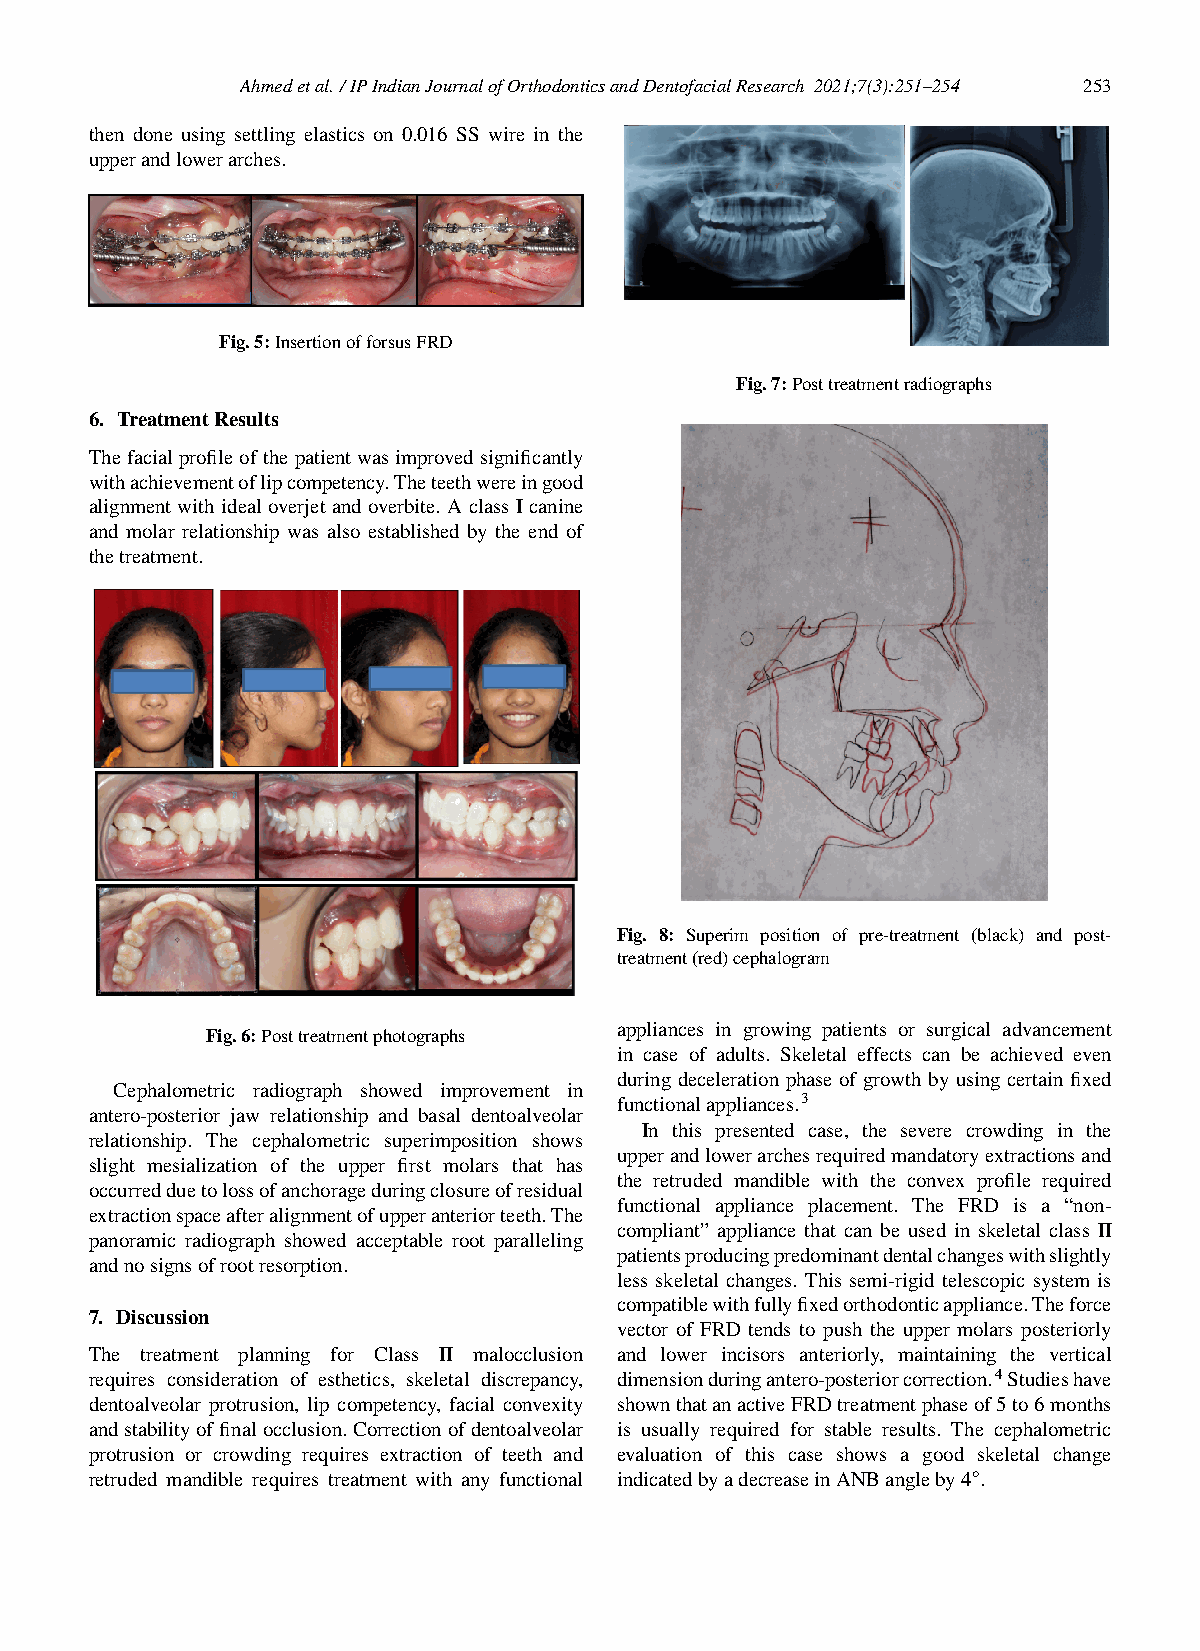
Ahmedetal./IPIndianJournalofOrthodonticsandDentofacialResearch 2021;7(3):251–254 253
 then done using settling elastics on 0.016 SS wire in the
 upperandlowerarches.
 Fig.5:InsertionofforsusFRD
 Fig.7:Posttreatmentradiographs
 6. TreatmentResults
 Thefacialprofileofthepatientwasimprovedsignificantly
 withachievementoflipcompetency.Theteethwereingood
 alignment with ideal overjet and overbite. A class I canine
 and molar relationship was also established by the end of
 thetreatment.
 Fig. 8: Superim position of pre-treatment (black) and post-
 treatment(red)cephalogram
 appliances in growing patients or surgical advancement
 Fig.6:Posttreatmentphotographs
 in case of adults. Skeletal effects can be achieved even
 during deceleration phase of growth by using certain fixed
 Cephalometric radiograph showed improvement in
 functionalappliances.3
 antero-posterior jaw relationship and basal dentoalveolar
 In this presented case, the severe crowding in the
 relationship. The cephalometric superimposition shows
 upperandlowerarchesrequiredmandatoryextractionsand
 slight mesialization of the upper first molars that has
 the retruded mandible with the convex profile required
 occurredduetolossofanchorageduringclosureofresidual
 functional appliance placement. The FRD is a “non-
 extractionspaceafteralignmentofupperanteriorteeth.The
 compliant” appliance that can be used in skeletal class II
 panoramic radiograph showed acceptable root paralleling
 patientsproducingpredominantdentalchangeswithslightly
 andnosignsofrootresorption.
 less skeletal changes. This semi-rigid telescopic system is
 compatiblewithfullyfixedorthodonticappliance.Theforce
 7. Discussion
 vector of FRD tends to push the upper molars posteriorly
 The treatment planning for Class II malocclusion and lower incisors anteriorly, maintaining the vertical
 requires consideration of esthetics, skeletal discrepancy, dimensionduringantero-posteriorcorrection.4Studieshave
 dentoalveolar protrusion, lip competency, facial convexity shownthatanactiveFRDtreatmentphaseof5to6months
 andstabilityoffinalocclusion.Correctionofdentoalveolar is usually required for stable results. The cephalometric
 protrusion or crowding requires extraction of teeth and evaluation of this case shows a good skeletal change
 ◦
 retruded mandible requires treatment with any functional indicatedbyadecreaseinANBangleby4 .